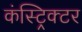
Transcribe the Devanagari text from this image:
कंस्ट्रिक्टर